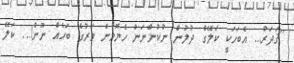
''ޤަދަރު... އެބަހަކީ ކަލޭގެ ދުލުން ނުކުންނަން ހެޔޮވާނެ ވަރުގެ ބަހެއް ނޫން!... ކަލޭ